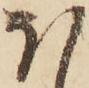
ほ